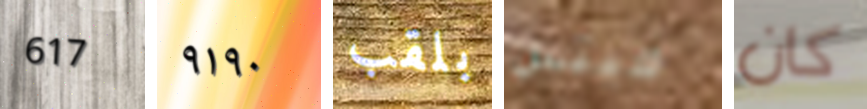
617 ٩١٩٠ بلقب ميتس كان